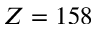
Z = 1 5 8